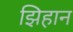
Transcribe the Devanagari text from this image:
झिहान